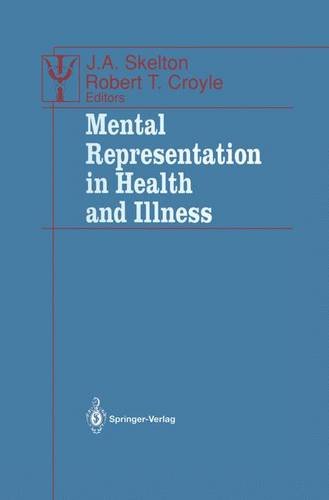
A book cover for Mental Representation in Health and Illness (Contributions to Psychology and Medicine); Medical Books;